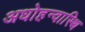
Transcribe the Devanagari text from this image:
अधोहन्वास्थि